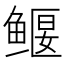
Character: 𫚢